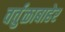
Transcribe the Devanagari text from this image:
वर्तुळाबाहेर